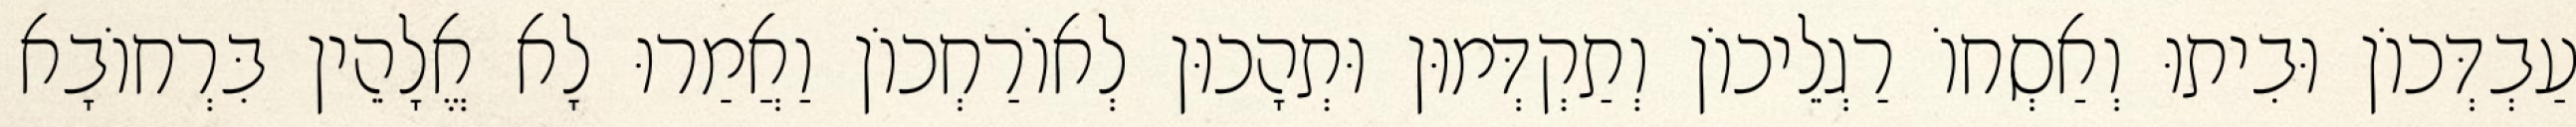
עַבְדְּכוֹן וּבִיתוּ וְאַסְחוֹ רַגְלֵיכוֹן וְתַקְדְּמוּן וּתְהָכוּן לְאוֹרַחְכוֹן וַאֲמַרוּ לָא אֱלָהֵין בִּרְחוֹבָא